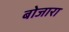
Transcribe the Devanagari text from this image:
बोजारा